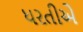
ધરતીએ